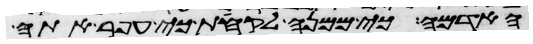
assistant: האדמה כי ממנה לקחת כי עפר אתה